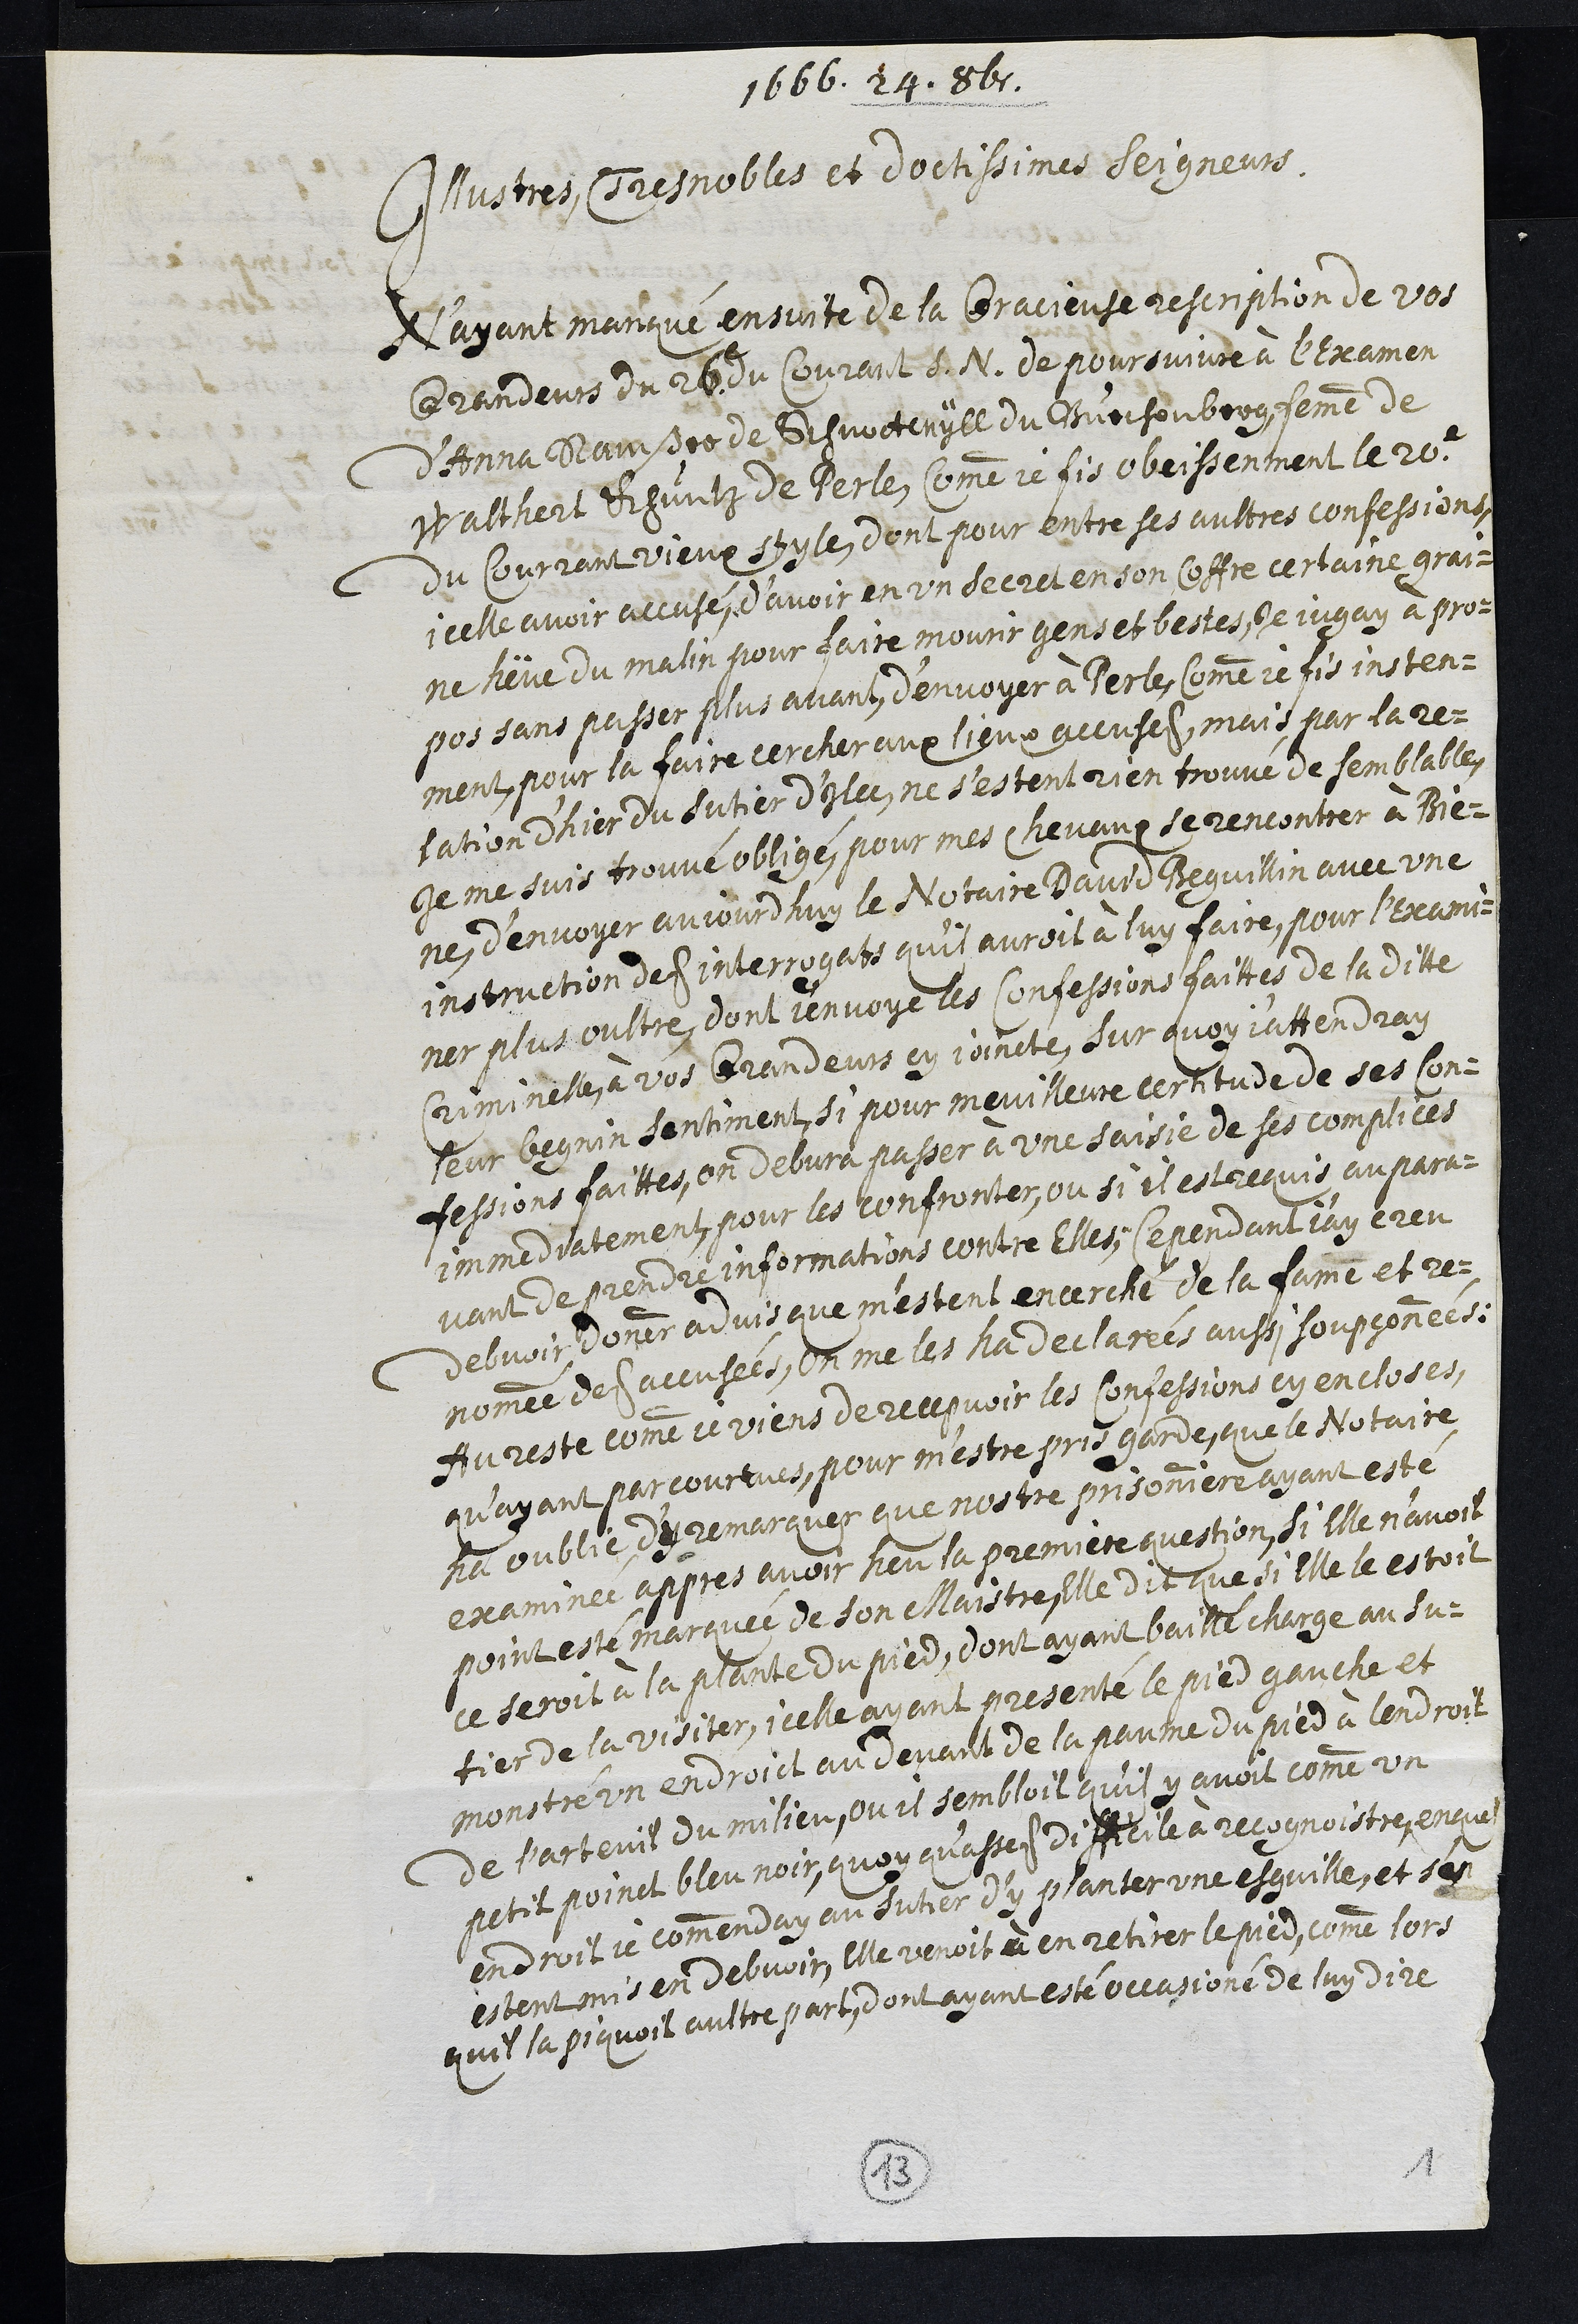
1666. 24. 8be.
Illustres, Tres nobles et doctissimes Seigneurs
N’ayant manqué ensuite de la gracieuse rescription de vos
Grandeurs du 26e du Courant S. N. de poursuivre à l’examen
d'Anna Ramseyer de Schnoetwyll du Buechenberg, femme de
Walthert Khuntz de Perle, comme je fis obeissenment le 20e
du Courrant vieux style, dont pour entre ses aultres confessions,
icelle avoir accusé d’avoir en un secret en son coffre certaine grai¬
ne heue du malin pour faire mourir gens et bestes, je jugay à pro¬
pos sans passer plus avant, d’envoyer à Perle, comme je fis insten¬
ment, pour la faire cercher aux lieux accuses, mais par la re¬
lation d'hier du Sutier d’ylec, ne s’estant rien trouvé de semblable,
je me suis trouve obligé, pour mes chevaux se rencontrer à Bie¬
ne, d'envoyer aujourdhuy le Notaire David Beguellin avec une
instruction des interrogats qu'il auroit à luy faire, pour l'exami¬
ner plus oultre, dont j'envoye les Confessions faites de la ditte
criminelle à vos Grandeurs cy joincte, sur quoy j'attendray
leur begnin sentiment, si pour meilleure certitude de ses con¬
fessions faittes, on debvra passer à une saisie de ses complices
immediatement pour les confronter, ou si il est requis aupara¬
vant de prendre informations contre elles; Cependant j'ay creu
debvoir donner advis que m'estent encerché de la fame et re¬
nommée des accusées, On me les ha declarées aussi soupçonnées.
Au reste comme je viens de recepvoir les confessions cy encloses,
qu'ayant parcourues, pour m'estre pris garde que le Notaire
ha oublie d'y remarquer que nostre prisonniere ayant esté
examinée appres avoir heu la premiere question, si elle n'avoit
point esté marquée de son Maistre, elle dit que si Elle le estoit
ce seroit à la plante du pied, dont ayant baillé charge au su¬
tier de la visiter, icelle ayant presenté le pied gauche et
montré un endroit au devant de la paume du pied à lendroit
de l'arteuil du milieu, ou il sembloit qu'il y avoit comme un
petit poinct bien noir, quoy qu'asses difficile à recongnoistre, enquel
endroit je commenday au sutier d'y planter une esguille, et s'en
estant mis en debvoir, elle venoit à en retirer le pied, comme lors
quil la piquoit aultre part, dont ayant esté occasioné de luy dire
13
1